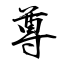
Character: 尊